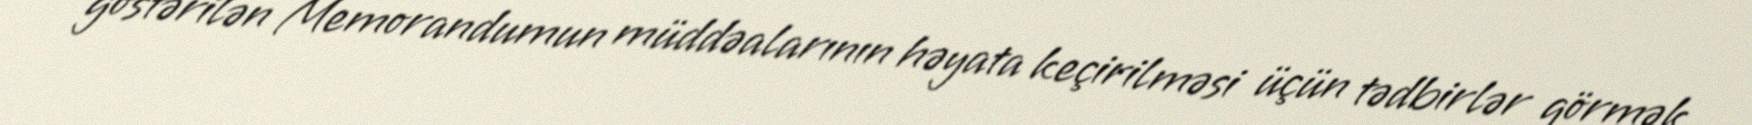
göstərilən Memorandumun müddəalarının həyata keçirilməsi üçün tədbirlər görmək